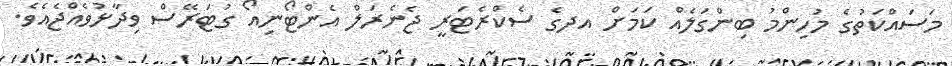
މަސައްކަތުގެ މުހިންމު ބިންގަލެއް ކަމަށް އދގެ ސެކްރެޓަރީ ޖެނެރަލް އެންޓޯނިއޯ ގުޓަރޭސް ވިދާޅުވެއްޖެއެވެ.